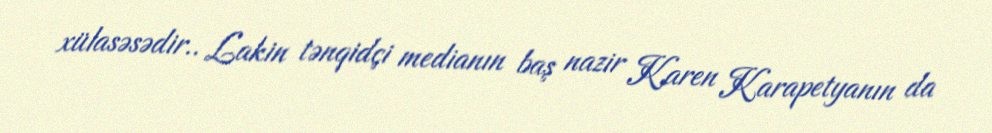
xülasəsədir.. Lakin tənqidçi medianın baş nazir Karen Karapetyanın da